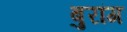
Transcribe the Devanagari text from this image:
बुरांग